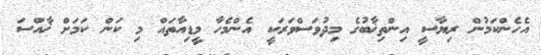
އެހެންކަމުން ރިޔާސީ އިންތިޚާބުގެ މިދުވަސްވަރަކީ އެންމެހާ މީޑިއާތައް މި ކަން ކަމަށް ޚާއްސަ